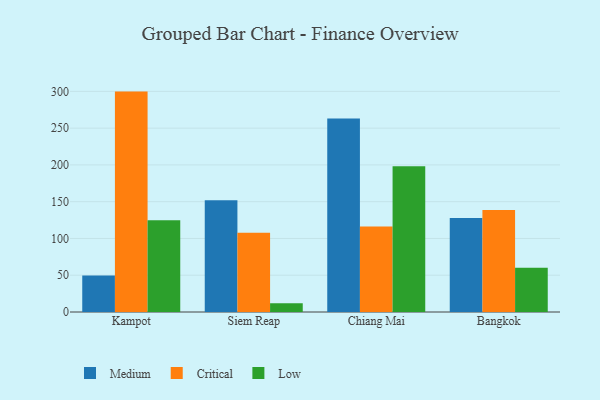
{"axis": {"x": "City", "y": "Market Share (%)"}, "legend": ["Critical", "Low", "Medium"], "data": [{"x": "Kampot", "y": 49.8, "type": "Medium"}, {"x": "Kampot", "y": 299.7, "type": "Critical"}, {"x": "Kampot", "y": 124.8, "type": "Low"}, {"x": "Siem Reap", "y": 152.0, "type": "Medium"}, {"x": "Siem Reap", "y": 107.9, "type": "Critical"}, {"x": "Siem Reap", "y": 11.9, "type": "Low"}, {"x": "Chiang Mai", "y": 263.2, "type": "Medium"}, {"x": "Chiang Mai", "y": 116.4, "type": "Critical"}, {"x": "Chiang Mai", "y": 198.3, "type": "Low"}, {"x": "Bangkok", "y": 127.9, "type": "Medium"}, {"x": "Bangkok", "y": 138.6, "type": "Critical"}, {"x": "Bangkok", "y": 60.3, "type": "Low"}]}